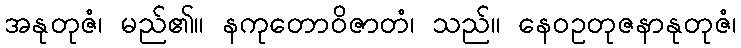
အနုတုဇံ၊ မည်၏။ နကုတောဝိဇာတံ၊ သည်။ နေဝဥတုဇနာနုတုဇံ၊